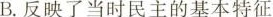
B.反映了当时民主的基本特征